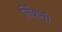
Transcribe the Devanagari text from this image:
सिंकती